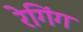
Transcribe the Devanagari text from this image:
रेगिंग